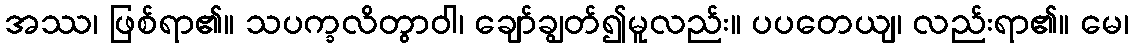
အဿ၊ ဖြစ်ရာ၏။ သပက္ခလိတွာဝါ၊ ချော်ချွတ်၍မူလည်း။ ပပတေယျ၊ လည်းရာ၏။ မေ၊